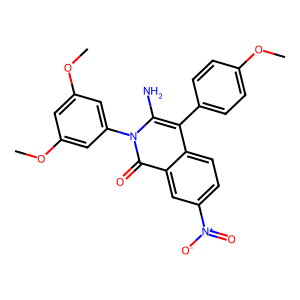
SMILES: COc1ccc(-c2c(N)n(-c3cc(OC)cc(OC)c3)c(=O)c3cc([N+](=O)[O-])ccc23)cc1
Inhibits HIV replication: No